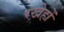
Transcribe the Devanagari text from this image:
रखेहों